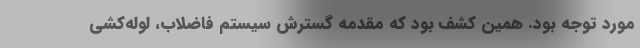
مورد توجه بود. همین کشف بود که مقدمه گسترش سیستم فاضلاب، لوله‌کشی